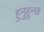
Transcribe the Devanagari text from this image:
हुनुहुन्छ